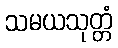
သမယသုတ္တံ